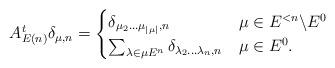
LaTeX: \begin{align*} A_{E(n)}^t \delta_{\mu,n} =\begin{cases} \delta_{\mu_2 \dots \mu_{|\mu|},n}& \mu \in E^{<n} \backslash E^0 \\\sum_{\lambda \in \mu E^n} \delta_{\lambda_2 \dots \lambda_n,n} & \mu \in E^0. \end{cases} \end{align*}